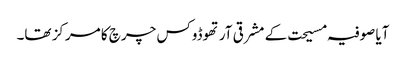
آیا صوفیہ مسیحت کے مشرقی آرتھوڈوکس چرچ کا مرکز تھا۔